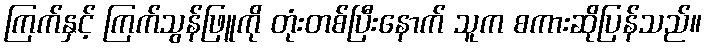
ကြက်နှင့် ကြက်သွန်ဖြူကို တုံးတစ်ပြီးနောက် သူက စကားဆိုပြန်သည်။